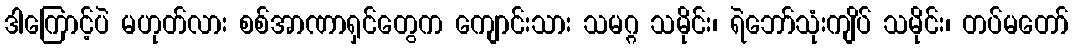
ဒါကြောင့်ပဲ မဟုတ်လား စစ်အာဏာရှင်တွေက ကျောင်းသား သမဂ္ဂ သမိုင်း၊ ရဲဘော်သုံးကျိပ် သမိုင်း၊ တပ်မတော်